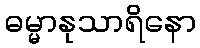
ဓမ္မာနုသာရိနော